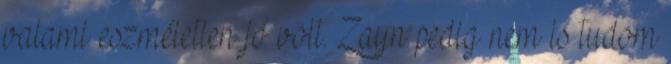
valami eszméletlen jó volt. Zayn pedig nem is tudom